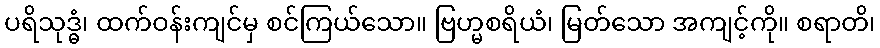
ပရိသုဒ္ဓံ၊ ထက်ဝန်းကျင်မှ စင်ကြယ်သော။ ဗြဟ္မစရိယံ၊ မြတ်သော အကျင့်ကို။ စရာတိ၊